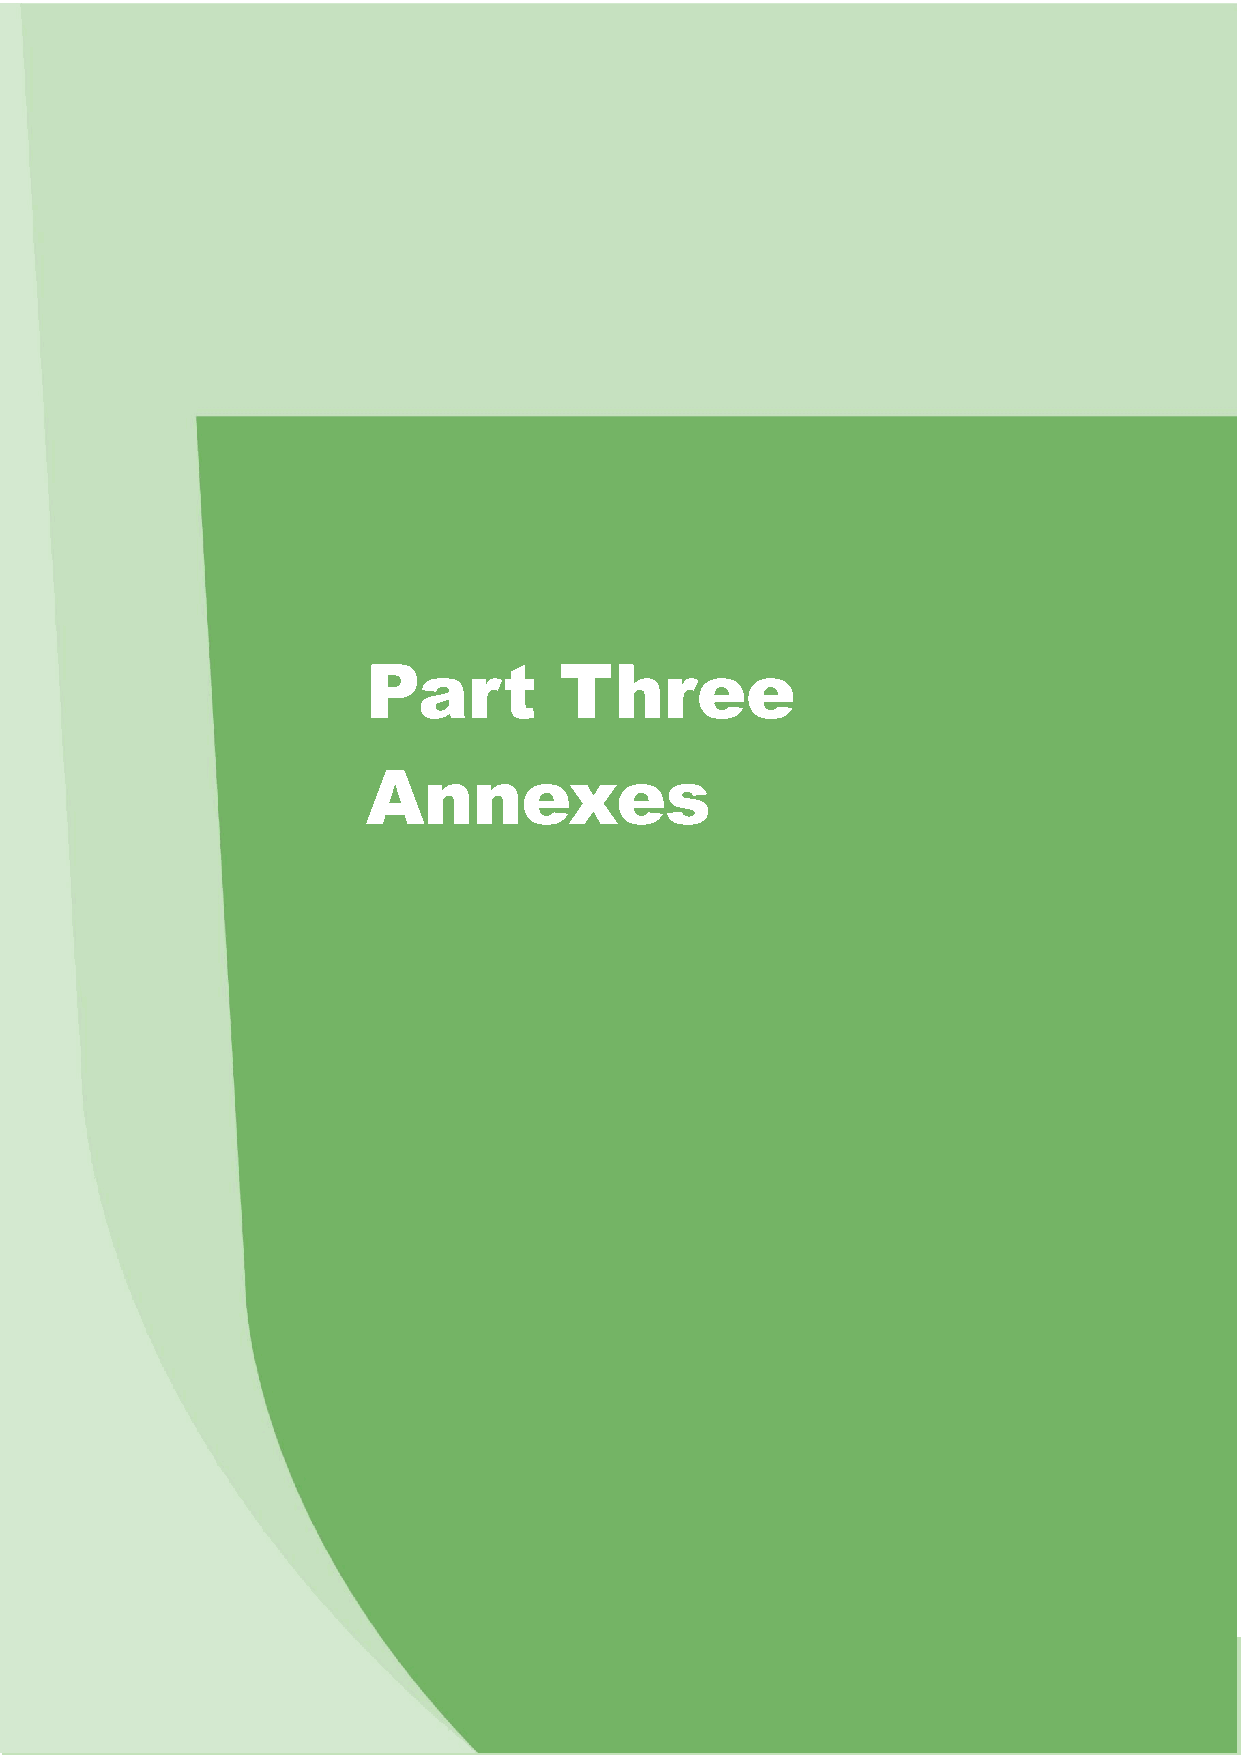
Part         Three
 Annexes
 Cont  e nt s of Part   3      Page 71